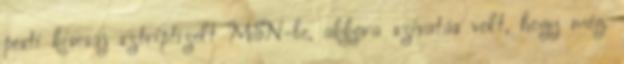
pesti kiscsaj sztriptízelt MSN-be, akkora szivatás volt, hogy még.